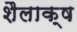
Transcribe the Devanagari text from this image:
शैलाक्ष